38_143685_box_Incident_Summaries_173-233
Agency: Department of War
Page 129
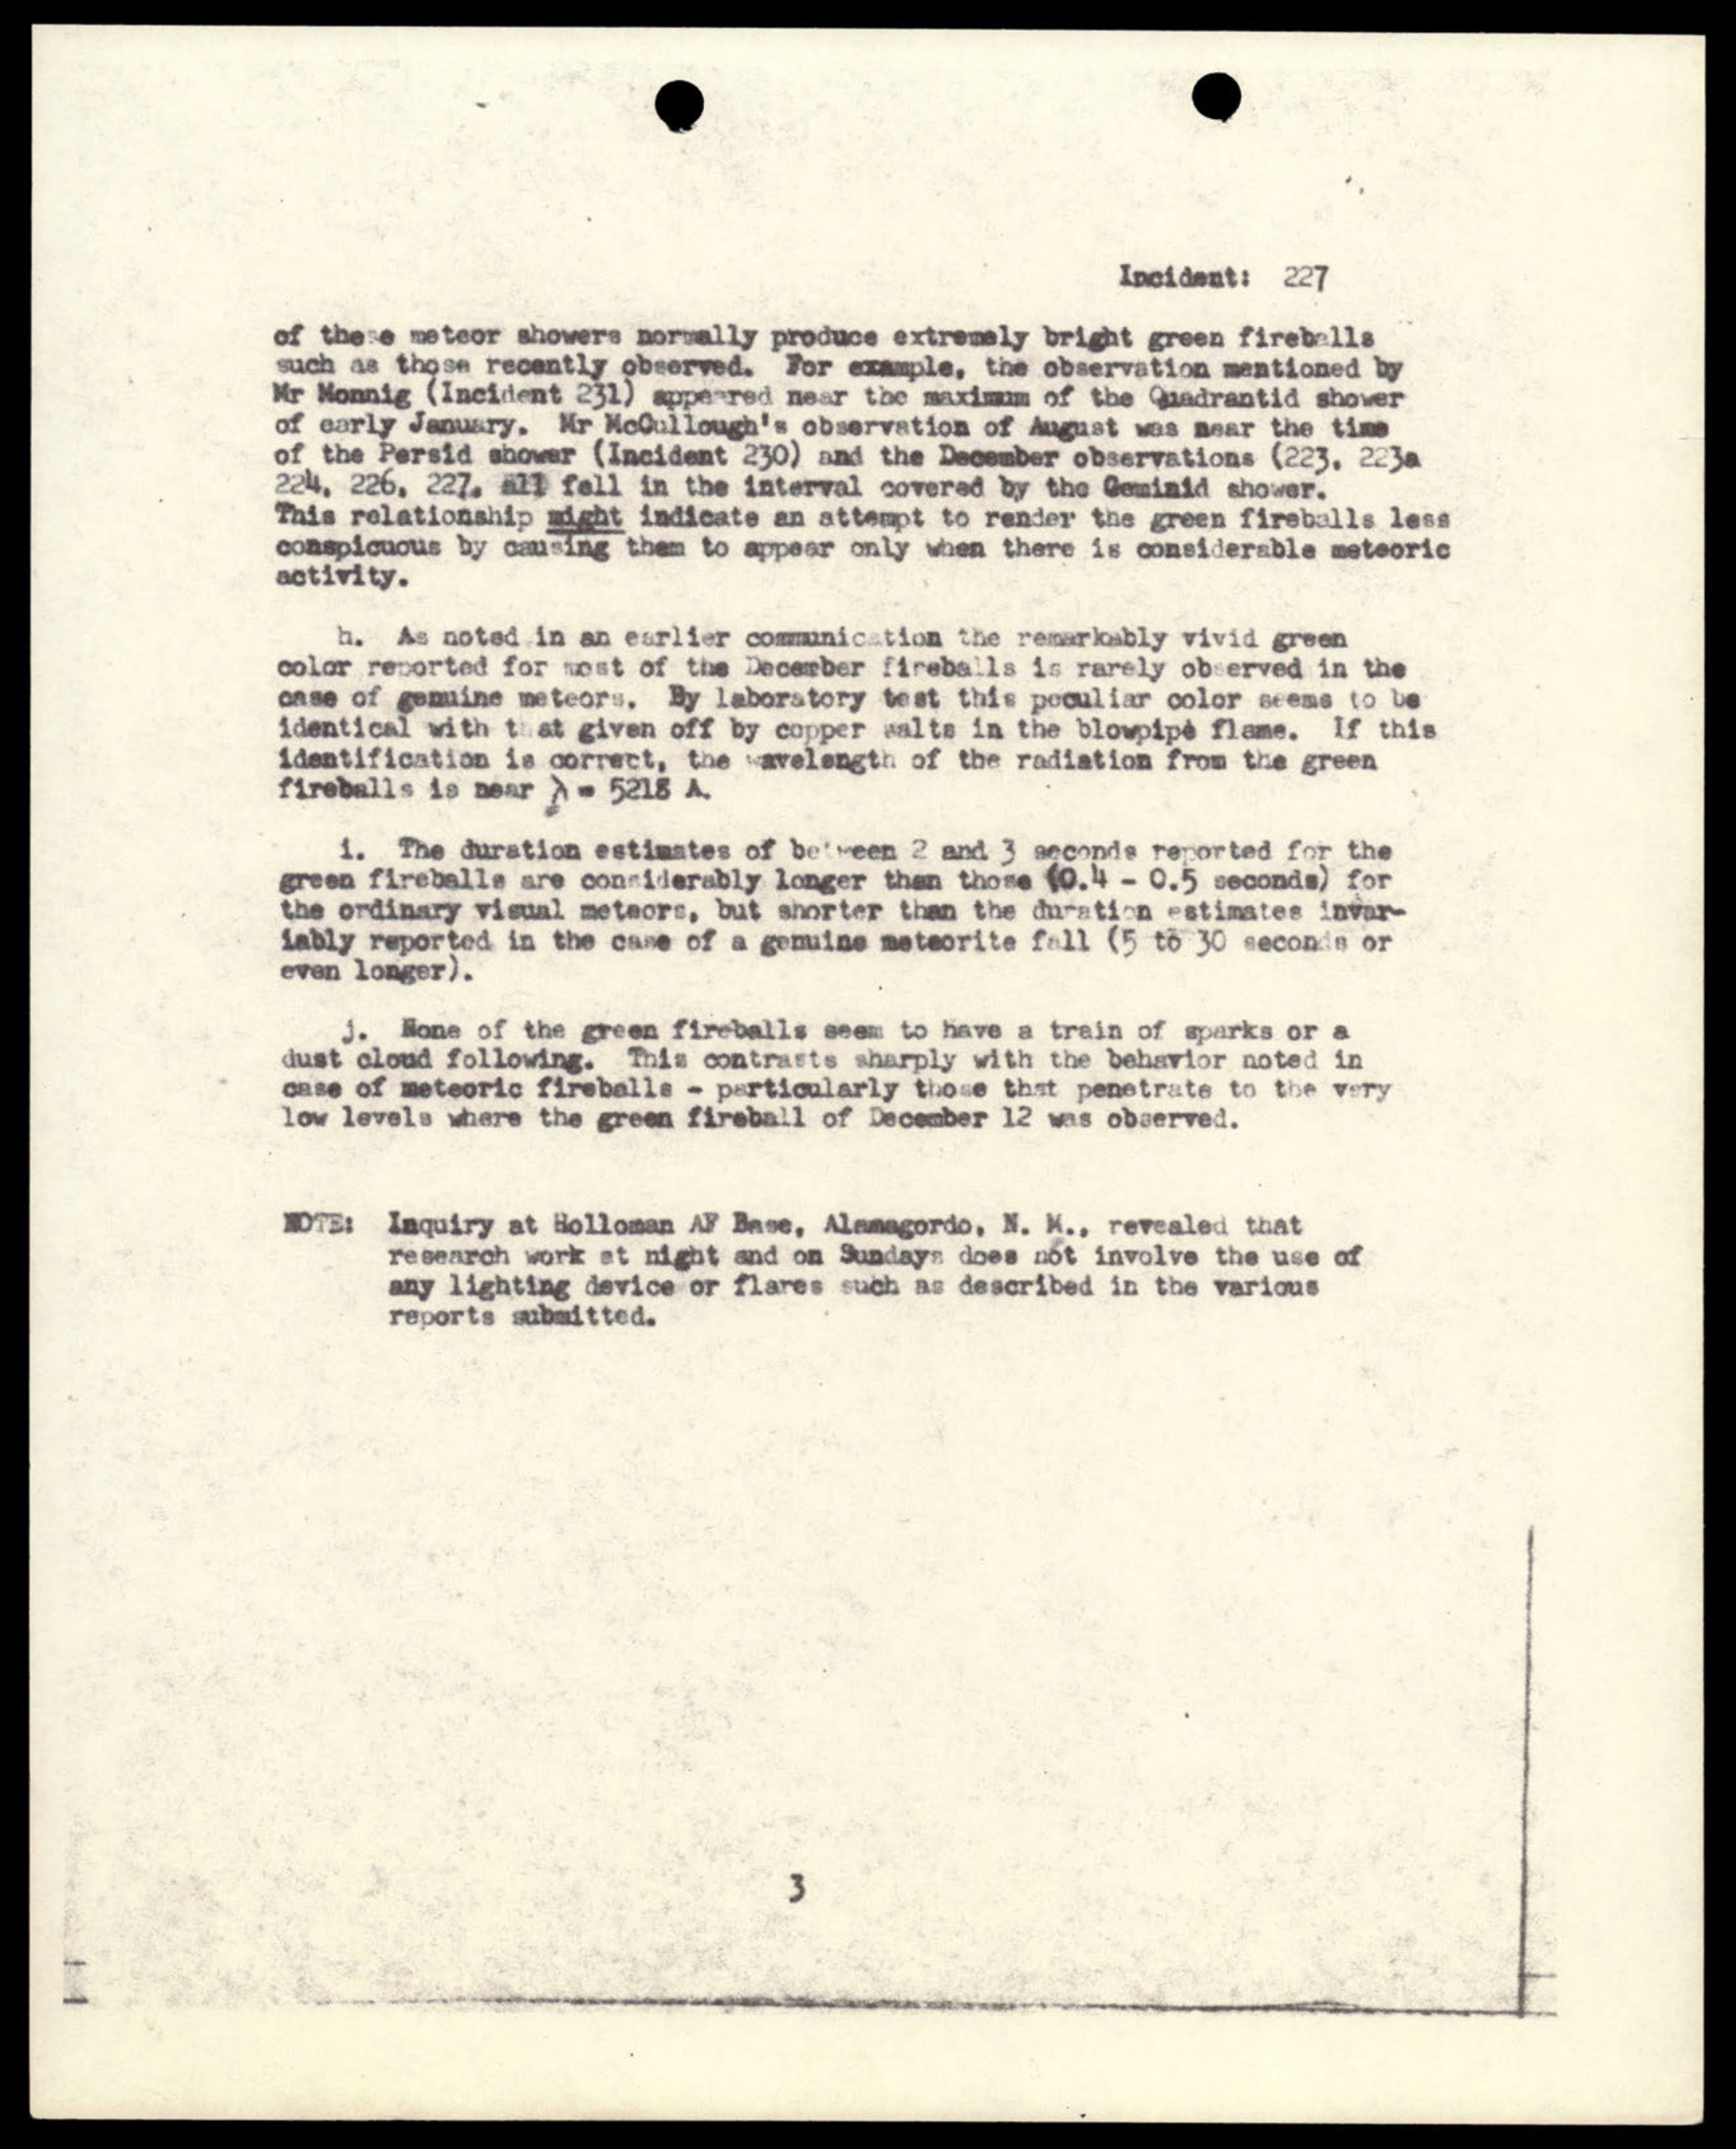